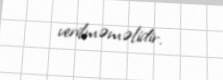
verilməməlidir.